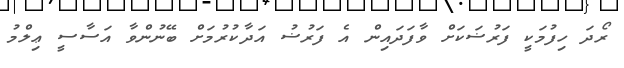
ރޯދަ ހިފުމަކީ ފަރުޟަކަށް ވާފަދައިން އެ ފަރުޟު އަދާކުރުމަށް ބޭނުންވާ އަސާސީ ޢިލްމު